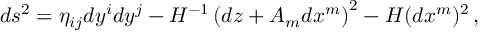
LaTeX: d s ^ { 2 } = \eta _ { i j } d y ^ { i } d y ^ { j } - H ^ { - 1 } \left( d z + { A } _ { m } d x ^ { m } \right) ^ { 2 } - H ( d x ^ { m } ) ^ { 2 } \, ,